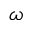
\omega